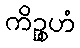
ကိဉ္စဟံ